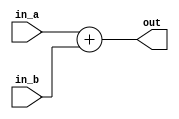
`timescale 1ns/1ps
// 32 bit inputs, 32 bit outputs, ignore overflow, asynchronous
module adder_reg (
    input [31 : 0] in_a,
    input [31 : 0] in_b,
    output reg [31 : 0] out
);
    // too much work for writing a 32-bit adder with parallel structure, let verilog decide
	initial begin
		out <= 32'd0;
	end
    always @(*) begin
		out <= in_a + in_b;
	end

endmodule